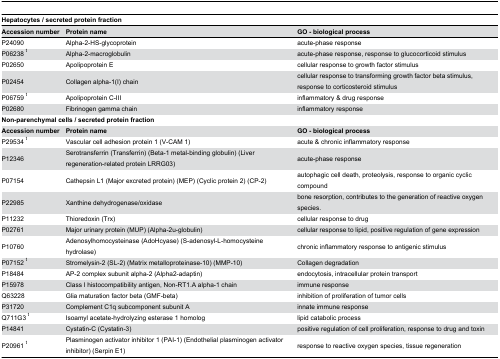
<table><thead><tr><td colspan="3"><b>Hepatocytes / secreted protein fraction</b></td></tr><tr><td><b>Accession number</b></td><td><b>Protein name</b></td><td><b>GO - biological process</b></td></tr></thead><tbody><tr><td>P24090</td><td>Alpha-2-HS-glycoprotein</td><td>acute-phase response</td></tr><tr><td>P06238 <sup>t</sup></td><td>Alpha-2-macroglobulin</td><td>acute-phase response, response to glucocorticoid stimulus</td></tr><tr><td>P02650</td><td>Apolipoprotein E</td><td>cellular response to growth factor stimulus</td></tr><tr><td>P02454</td><td>Collagen alpha-1(I) chain</td><td>cellular response to transforming growth factor beta stimulus, response to corticosteroid stimulus</td></tr><tr><td>P06759 <sup>t</sup></td><td>Apolipoprotein C-III</td><td>inflammatory &amp; drug response</td></tr><tr><td>P02680</td><td>Fibrinogen gamma chain</td><td>inflammatory response</td></tr><tr><td colspan="3"><b>Non-parenchymal cells / secreted protein fraction</b></td></tr><tr><td><b>Accession number</b></td><td><b>Protein name</b></td><td><b>GO - biological process</b></td></tr><tr><td>P29534 <sup>t</sup></td><td>Vascular cell adhesion protein 1 (V-CAM 1)</td><td>acute &amp; chronic inflammatory response</td></tr><tr><td>P12346</td><td>Serotransferrin (Transferrin) (Beta-1 metal-binding globulin) (Liver regeneration-related protein LRRG03)</td><td>acute-phase response</td></tr><tr><td>P07154</td><td>Cathepsin L1 (Major excreted protein) (MEP) (Cyclic protein 2) (CP-2)</td><td>autophagic cell death, proteolysis, response to organic cyclic compound</td></tr><tr><td>P22985</td><td>Xanthine dehydrogenase/oxidase</td><td>bone resorption, contributes to the generation of reactive oxygen species.</td></tr><tr><td>P11232</td><td>Thioredoxin (Trx)</td><td>cellular response to drug</td></tr><tr><td>P02761</td><td>Major urinary protein (MUP) (Alpha-2u-globulin)</td><td>cellular response to lipid, positive regulation of gene expression</td></tr><tr><td>P10760</td><td>Adenosylhomocysteinase (AdoHcyase) (S-adenosyl-L-homocysteine hydrolase)</td><td>chronic inflammatory response to antigenic stimulus</td></tr><tr><td>P07152 <sup>t</sup></td><td>Stromelysin-2 (SL-2) (Matrix metalloproteinase-10) (MMP-10)</td><td>Collagen degradation</td></tr><tr><td>P18484</td><td>AP-2 complex subunit alpha-2 (Alpha2-adaptin)</td><td>endocytosis, intracellular protein transport</td></tr><tr><td>P15978</td><td>Class I histocompatibility antigen, Non-RT1.A alpha-1 chain</td><td>immune response</td></tr><tr><td>Q63228</td><td>Glia maturation factor beta (GMF-beta)</td><td>inhibition of proliferation of tumor cells</td></tr><tr><td>P31720</td><td>Complement C1q subcomponent subunit A</td><td>innate immune response</td></tr><tr><td>Q711G3 <sup>t</sup></td><td>Isoamyl acetate-hydrolyzing esterase 1 homolog</td><td>lipid catabolic process</td></tr><tr><td>P14841</td><td>Cystatin-C (Cystatin-3)</td><td>positive regulation of cell proliferation, response to drug and toxin</td></tr><tr><td>P20961 <sup>t</sup></td><td>Plasminogen activator inhibitor 1 (PAI-1) (Endothelial plasminogen activator inhibitor) (Serpin E1)</td><td>response to reactive oxygen species, tissue regeneration</td></tr></tbody></table>